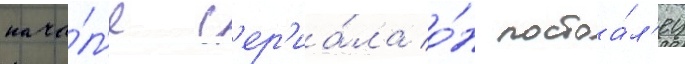
нача́л'е с'ер'иа́ла о́н постоа́л'ец